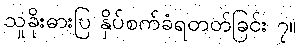
သူခိုးဓားပြ နှိပ်စက်ခံရတတ်ခြင်း ၇။